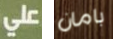
على بامان